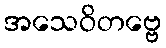
အသေဝိတဗ္ဗေ